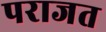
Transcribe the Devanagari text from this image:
पराजत